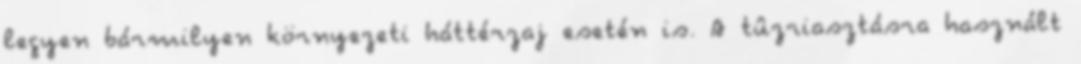
legyen bármilyen környezeti háttérzaj esetén is. A tûzriasztásra használt